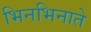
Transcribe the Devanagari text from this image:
भिनभिनाते